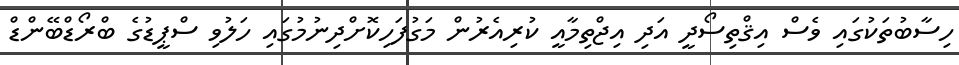
ހިސާބުތަކުގައި ވެސް އިޤްތިސޯދީ އަދި އިޖްތިމާއީ ކުރިއެރުން މަގުފަހިކޮށްދިނުމުގައި ހަލުވި ސްޕީޑުގެ ބްރޯޑްބޭންޑް